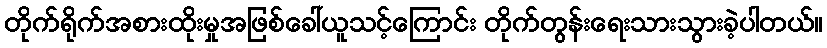
တိုက်ရိုက်အစားထိုးမှုအဖြစ်ခေါ်ယူသင့်ကြောင်း တိုက်တွန်းရေးသားသွားခဲ့ပါတယ်။